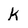
Character: k